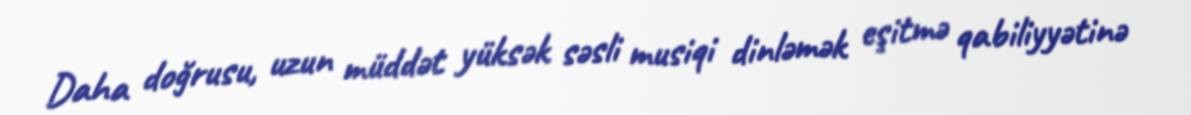
Daha doğrusu, uzun müddət yüksək səsli musiqi dinləmək eşitmə qabiliyyətinə